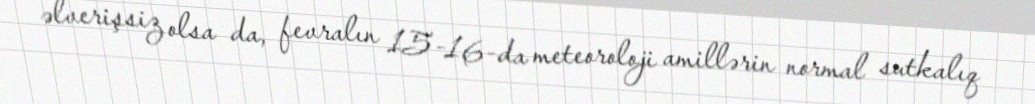
əlverişsiz olsa da, fevralın 15-16-da meteoroloji amillərin normal sutkalıq